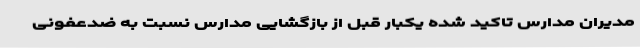
مدیران مدارس تاکید شده یکبار قبل از بازگشایی مدارس نسبت به ضدعفونی